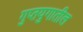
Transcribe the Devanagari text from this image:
गुप्तयुगातील